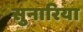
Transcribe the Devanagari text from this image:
सुनारिया